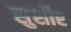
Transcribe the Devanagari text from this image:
सुशीर